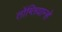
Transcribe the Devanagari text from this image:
तोंग्तियान्हे